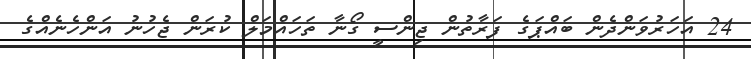
24 އަހަރުވަންދެން ބައްޕަގެ ފަރާތުން ޖިންސީ ގޯނާ ތަހައްމަލް ކުރަން ޖެހުނު އަންހެނެއްގެ